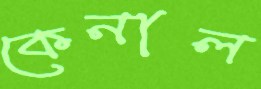
কেনাল